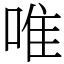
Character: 唯